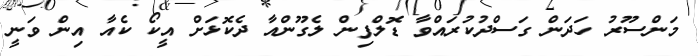
މަންސޫރު ހަދަން ގަސްދުކުރައްވާ ޑޮލްފިން ލެގޫންއާ ދެކޮޅަށް އީކޯ ކެއާ އިން ވަނީ